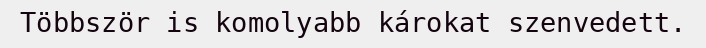
Többször is komolyabb károkat szenvedett.